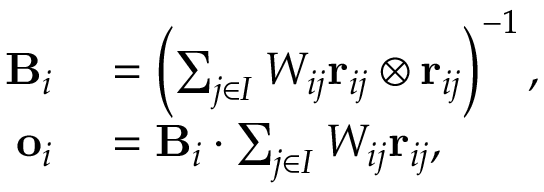
\begin{array} { r l } { \mathbf { B } _ { i } } & { { } = \left( \sum _ { j \in I } W _ { i j } \mathbf { r } _ { i j } \otimes \mathbf { r } _ { i j } \right) ^ { - 1 } , } \\ { \mathbf { o } _ { i } } & { { } = \mathbf { B } _ { i } \cdot \sum _ { j \in I } W _ { i j } \mathbf { r } _ { i j } , } \end{array}